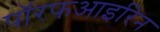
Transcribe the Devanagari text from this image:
पॉरफआइरिन